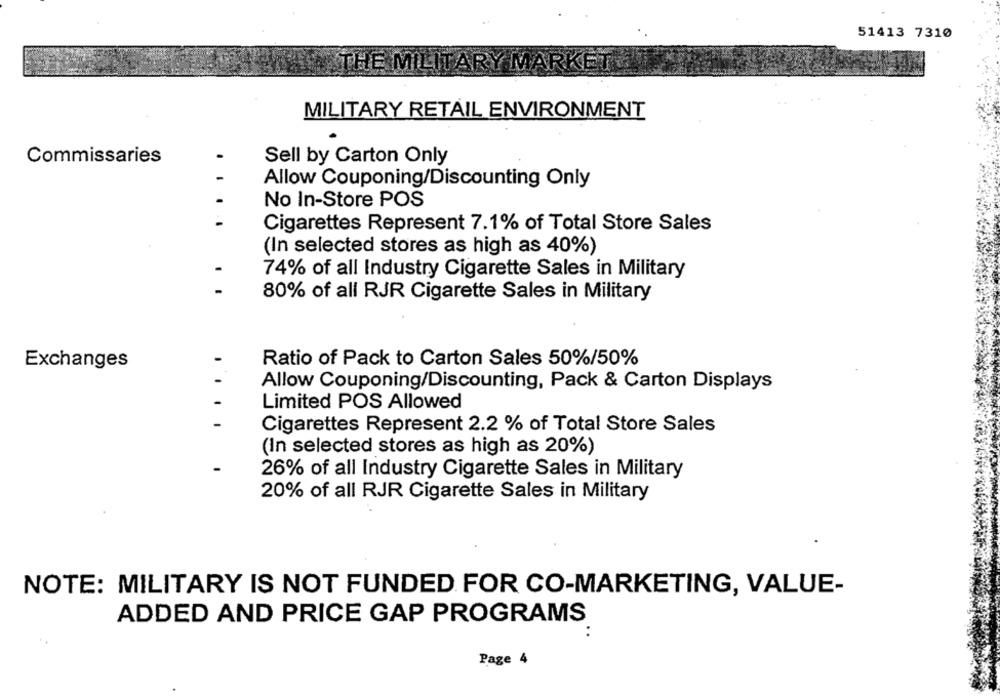
51413 7310
TH
MILITARY RETAIL ENVIRONMENT
Commissaries
Sell by Carton Only
1
.
Allow Couponing/Discounting Only
No In-Store POS
Cigarettes Represent 7.1% of Total Store Sales
(In selected stores as high as 40%)
74% of all Industry Cigarette Sales in Military
80% of all RJR Cigarette Sales in Military
Ratio of Pack to Carton Sales 50%/50%
Exchanges
Allow Couponing/Discounting, Pack & Carton Displays
Limited POS Allowed
Cigarettes Represent 2.2 % of Total Store Sales
(In selected stores as high as 20%)
26% of all Industry Cigarette Sales in Military
20% of all RJR Cigarette Sales in Military
NOTE: MILITARY IS NOT FUNDED FOR CO-MARKETING, VALUE-
ADDED AND PRICE GAP PROGRAMS
Page 4